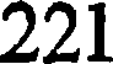
221